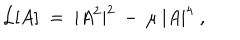
{ \cal { L } } [ A ] \; = \; | A ^ { 2 } | ^ { 2 } \: - \: \mu \: | A | ^ { 4 } \; ,